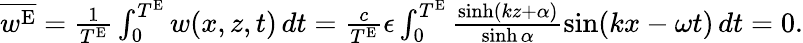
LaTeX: \begin{array}{r}{\overline{{w^{\textnormal{E}}}}=\frac{1}{T^{\textnormal{E}}}\int_{0}^{T^{\textnormal{E}}}w(x,z,t)\, dt=\frac{c}{T^{\textnormal{E}}}\epsilon\int_{0}^{T^{\textnormal{E}}}\frac{\sinh(kz+{\alpha})}{\sinh{\alpha}}\sin(kx-\omega t)\, dt=0.}\end{array}